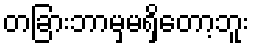
တခြားဘာမှမရှိတော့ဘူး